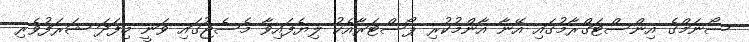
ސޯނަމްގެ އިންސްޓަގްރާމުގައި އޭނާ އާންމުކުރި ޕޯސްޓަރާއެކު ލިޔެފައިވާ މެސެޖުގައި ވަނީ މިފަދަ ޝަރަފުވެރި